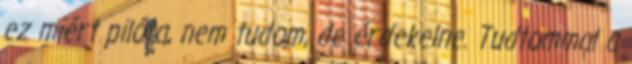
ez miért pilóta, nem tudom, de érdekelne. Tudtommal a